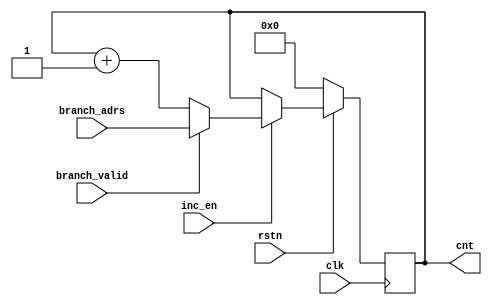
module pc (
	input clk,			//Global clock signal
	input rstn,			//Global reset signal
	input inc_en,			//Increment count control
	input branch_valid,		//Branch control
	input [11:0] branch_adrs,	//Branch address 
	output reg[11:0] cnt		//Count
);	

	always @(posedge clk) begin : PROGRAM_COUNTER

		if(!rstn) begin			//When reset, count is 0
			cnt <= 0;
		end 
		else if (inc_en) begin		//Increment when last instruction is finished
			cnt <= branch_valid ? branch_adrs : cnt + 1;
		end
	end


endmodule